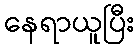
နေရာယူပြီး